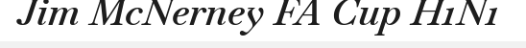
Jim McNerney FA Cup H1N1